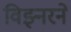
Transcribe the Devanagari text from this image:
विझ्नरने